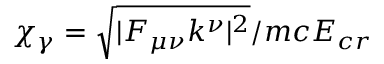
\chi _ { \gamma } = \sqrt { | F _ { \mu \nu } k ^ { \nu } | ^ { 2 } } / m c E _ { c r }